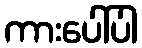
ကားပေါ်ပါ